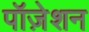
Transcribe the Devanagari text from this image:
पॉज़ेशन